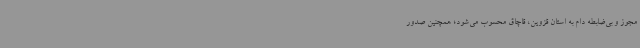
مجوز و بی‌ضابطه دام به استان قزوین، قاچاق محسوب می‌شود؛ همچنین صدور